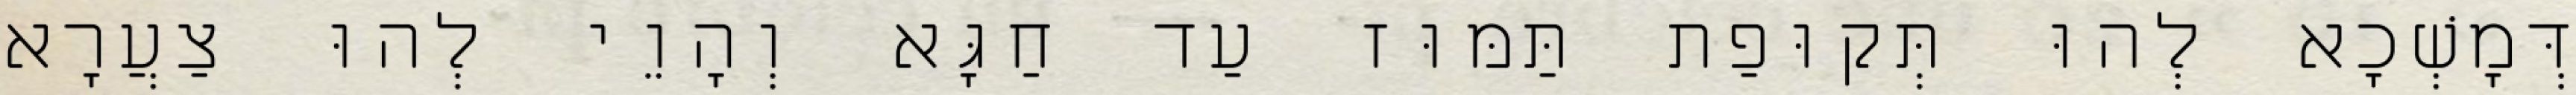
דְּמָשְׁכָא לְהוּ תְּקוּפַת תַּמּוּז עַד חַגָּא וְהָוֵי לְהוּ צַעֲרָא